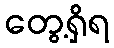
တွေ့ရှိရ